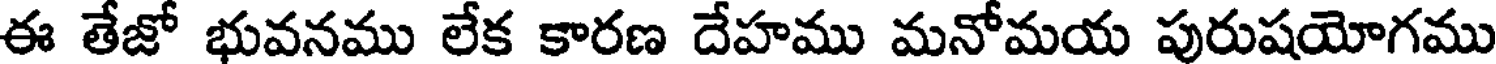
ఈ తేజో భువనము లేక కారణ దేహము మనోమయ పురుషయోగము